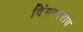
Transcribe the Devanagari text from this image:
दिंगबरराव